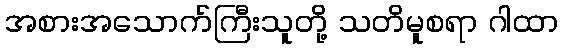
အစားအသောက်ကြီးသူတို့ သတိမူစရာ ဂါထာ